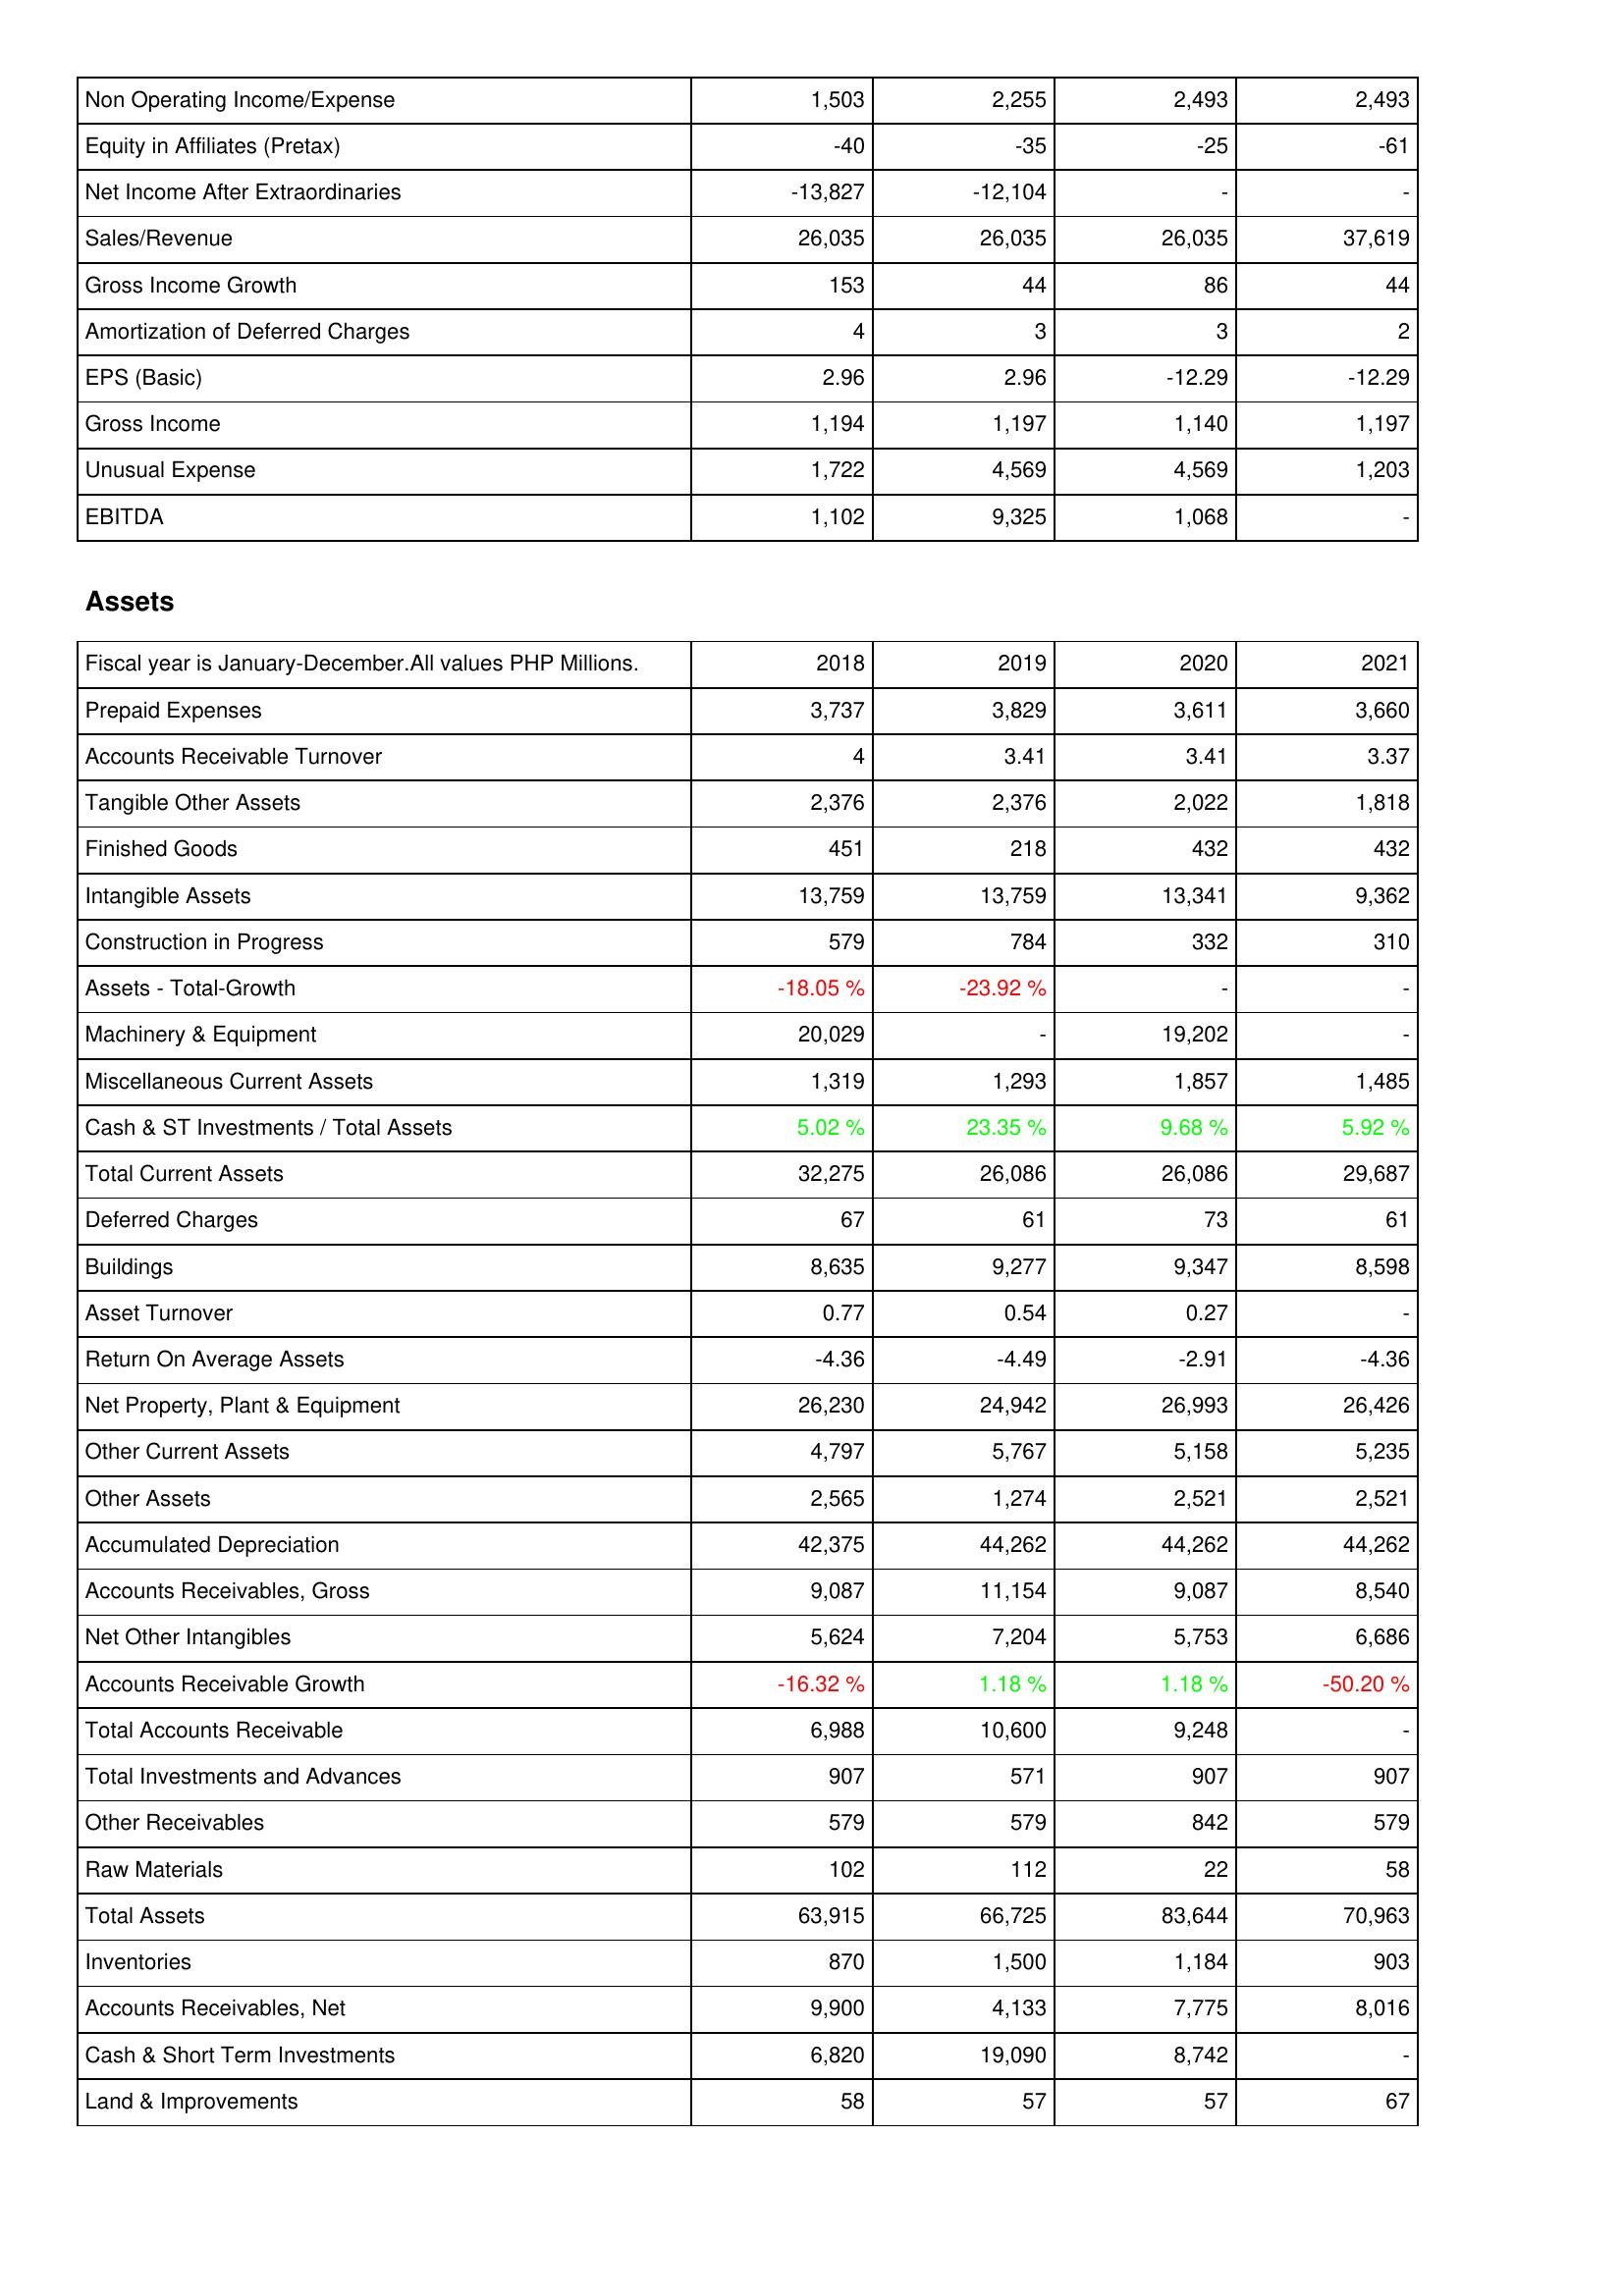
2018: Income Statement: Non Operating Income/Expense: 1,503
Equity in Affiliates (Pretax): -40
Net Income After Extraordinaries: -13,827
Sales/Revenue: 26,035
Gross Income Growth: 153
Amortization of Deferred Charges: 4
EPS (Basic): 2.96
Gross Income: 1,194
Unusual Expense: 1,722
EBITDA: 1,102
Assets: Prepaid Expenses: 3,737
Accounts Receivable Turnover: 4
Tangible Other Assets: 2,376
Finished Goods: 451
Intangible Assets: 13,759
Construction in Progress: 579
Assets - Total-Growth: -18.05 %
Machinery & Equipment: 20,029
Miscellaneous Current Assets: 1,319
Cash & ST Investments / Total Assets: 5.02 %
Total Current Assets: 32,275
Deferred Charges: 67
Buildings: 8,635
Asset Turnover: 0.77
Return On Average Assets: -4.36
Net Property, Plant & Equipment: 26,230
Other Current Assets: 4,797
Other Assets: 2,565
Accumulated Depreciation: 42,375
Accounts Receivables, Gross: 9,087
Net Other Intangibles: 5,624
Accounts Receivable Growth: -16.32 %
Total Accounts Receivable: 6,988
Total Investments and Advances: 907
Other Receivables: 579
Raw Materials: 102
Total Assets: 63,915
Inventories: 870
Accounts Receivables, Net: 9,900
Cash & Short Term Investments: 6,820
Land & Improvements: 58
2019: Income Statement: Non Operating Income/Expense: 2,255
Equity in Affiliates (Pretax): -35
Net Income After Extraordinaries: -12,104
Sales/Revenue: 26,035
Gross Income Growth: 44
Amortization of Deferred Charges: 3
EPS (Basic): 2.96
Gross Income: 1,197
Unusual Expense: 4,569
EBITDA: 9,325
Assets: Prepaid Expenses: 3,829
Accounts Receivable Turnover: 3.41
Tangible Other Assets: 2,376
Finished Goods: 218
Intangible Assets: 13,759
Construction in Progress: 784
Assets - Total-Growth: -23.92 %
Machinery & Equipment: -
Miscellaneous Current Assets: 1,293
Cash & ST Investments / Total Assets: 23.35 %
Total Current Assets: 26,086
Deferred Charges: 61
Buildings: 9,277
Asset Turnover: 0.54
Return On Average Assets: -4.49
Net Property, Plant & Equipment: 24,942
Other Current Assets: 5,767
Other Assets: 1,274
Accumulated Depreciation: 44,262
Accounts Receivables, Gross: 11,154
Net Other Intangibles: 7,204
Accounts Receivable Growth: 1.18 %
Total Accounts Receivable: 10,600
Total Investments and Advances: 571
Other Receivables: 579
Raw Materials: 112
Total Assets: 66,725
Inventories: 1,500
Accounts Receivables, Net: 4,133
Cash & Short Term Investments: 19,090
Land & Improvements: 57
2020: Income Statement: Non Operating Income/Expense: 2,493
Equity in Affiliates (Pretax): -25
Net Income After Extraordinaries: -
Sales/Revenue: 26,035
Gross Income Growth: 86
Amortization of Deferred Charges: 3
EPS (Basic): -12.29
Gross Income: 1,140
Unusual Expense: 4,569
EBITDA: 1,068
Assets: Prepaid Expenses: 3,611
Accounts Receivable Turnover: 3.41
Tangible Other Assets: 2,022
Finished Goods: 432
Intangible Assets: 13,341
Construction in Progress: 332
Assets - Total-Growth: -
Machinery & Equipment: 19,202
Miscellaneous Current Assets: 1,857
Cash & ST Investments / Total Assets: 9.68 %
Total Current Assets: 26,086
Deferred Charges: 73
Buildings: 9,347
Asset Turnover: 0.27
Return On Average Assets: -2.91
Net Property, Plant & Equipment: 26,993
Other Current Assets: 5,158
Other Assets: 2,521
Accumulated Depreciation: 44,262
Accounts Receivables, Gross: 9,087
Net Other Intangibles: 5,753
Accounts Receivable Growth: 1.18 %
Total Accounts Receivable: 9,248
Total Investments and Advances: 907
Other Receivables: 842
Raw Materials: 22
Total Assets: 83,644
Inventories: 1,184
Accounts Receivables, Net: 7,775
Cash & Short Term Investments: 8,742
Land & Improvements: 57
2021: Income Statement: Non Operating Income/Expense: 2,493
Equity in Affiliates (Pretax): -61
Net Income After Extraordinaries: -
Sales/Revenue: 37,619
Gross Income Growth: 44
Amortization of Deferred Charges: 2
EPS (Basic): -12.29
Gross Income: 1,197
Unusual Expense: 1,203
EBITDA: -
Assets: Prepaid Expenses: 3,660
Accounts Receivable Turnover: 3.37
Tangible Other Assets: 1,818
Finished Goods: 432
Intangible Assets: 9,362
Construction in Progress: 310
Assets - Total-Growth: -
Machinery & Equipment: -
Miscellaneous Current Assets: 1,485
Cash & ST Investments / Total Assets: 5.92 %
Total Current Assets: 29,687
Deferred Charges: 61
Buildings: 8,598
Asset Turnover: -
Return On Average Assets: -4.36
Net Property, Plant & Equipment: 26,426
Other Current Assets: 5,235
Other Assets: 2,521
Accumulated Depreciation: 44,262
Accounts Receivables, Gross: 8,540
Net Other Intangibles: 6,686
Accounts Receivable Growth: -50.20 %
Total Accounts Receivable: -
Total Investments and Advances: 907
Other Receivables: 579
Raw Materials: 58
Total Assets: 70,963
Inventories: 903
Accounts Receivables, Net: 8,016
Cash & Short Term Investments: -
Land & Improvements: 67